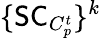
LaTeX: \{ \mathsf{SC}_{C_{p}^{t}}\} ^{k}